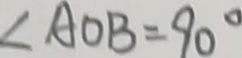
\angle A O B = 9 0 ^ { \circ }